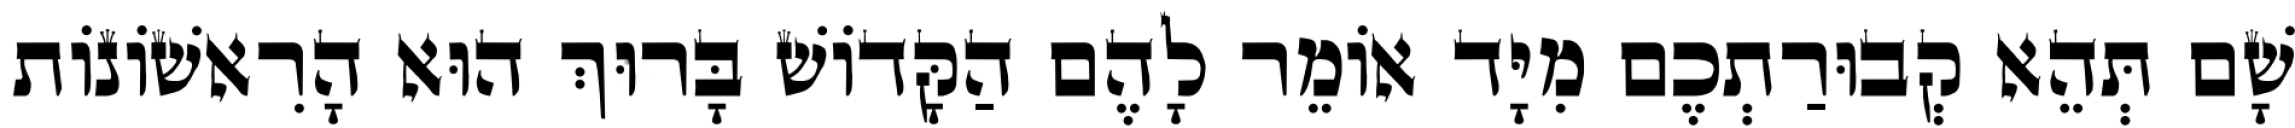
שָׁם תְּהֵא קְבוּרַתְכֶם מִיָּד אוֹמֵר לָהֶם הַקָּדוֹשׁ בָּרוּךְ הוּא הָרִאשׁוֹנוֹת